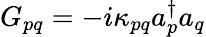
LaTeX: G_{pq}=-i\kappa_{pq}a_{p}^{\dagger}a_{q}